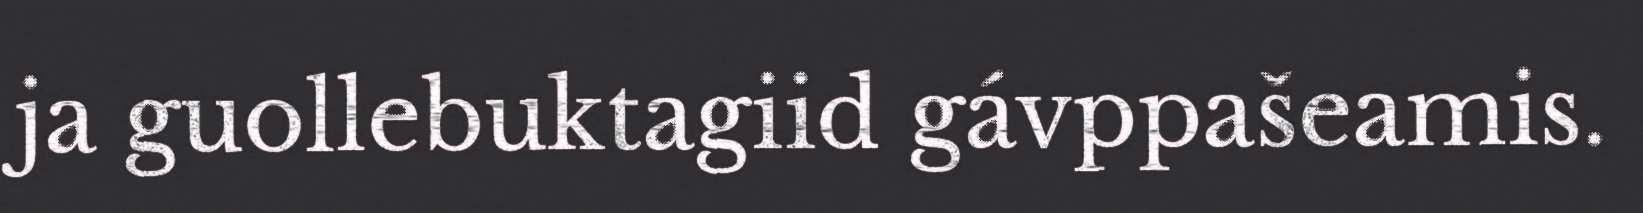
ja guollebuktagiid gávppašeamis.